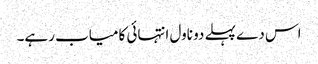
اس دے پہلے دو ناول انتہائی کامیاب رہے۔